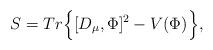
LaTeX: \begin{align*}S=Tr \Big\{ [D_\mu,\Phi]^2 - V(\Phi) \Big\}, \end{align*}